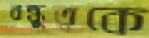
বন্ধুত্বকে